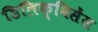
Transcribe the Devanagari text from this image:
डिलिक्विसेंस